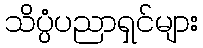
သိပ္ပံပညာရှင်များ